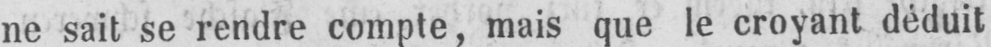
ne sait se rendre compte, mais que le croyant déduit